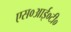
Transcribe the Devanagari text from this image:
एस०आई०टी०